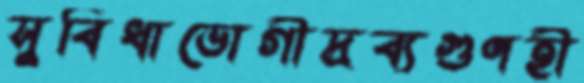
সুবিধাভোগীদ্রব্যগুণহী